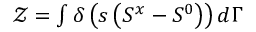
\begin{array} { r } { \mathcal { Z } = \int \delta \left( s \left( S ^ { x } - S ^ { 0 } \right) \right) d \Gamma } \end{array}